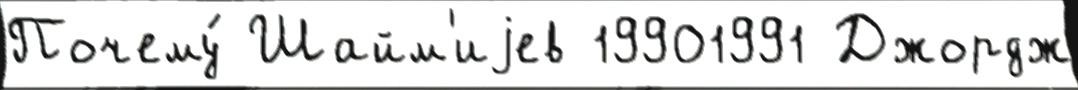
Почему́ Шайм'иjев 19901991 Джордж